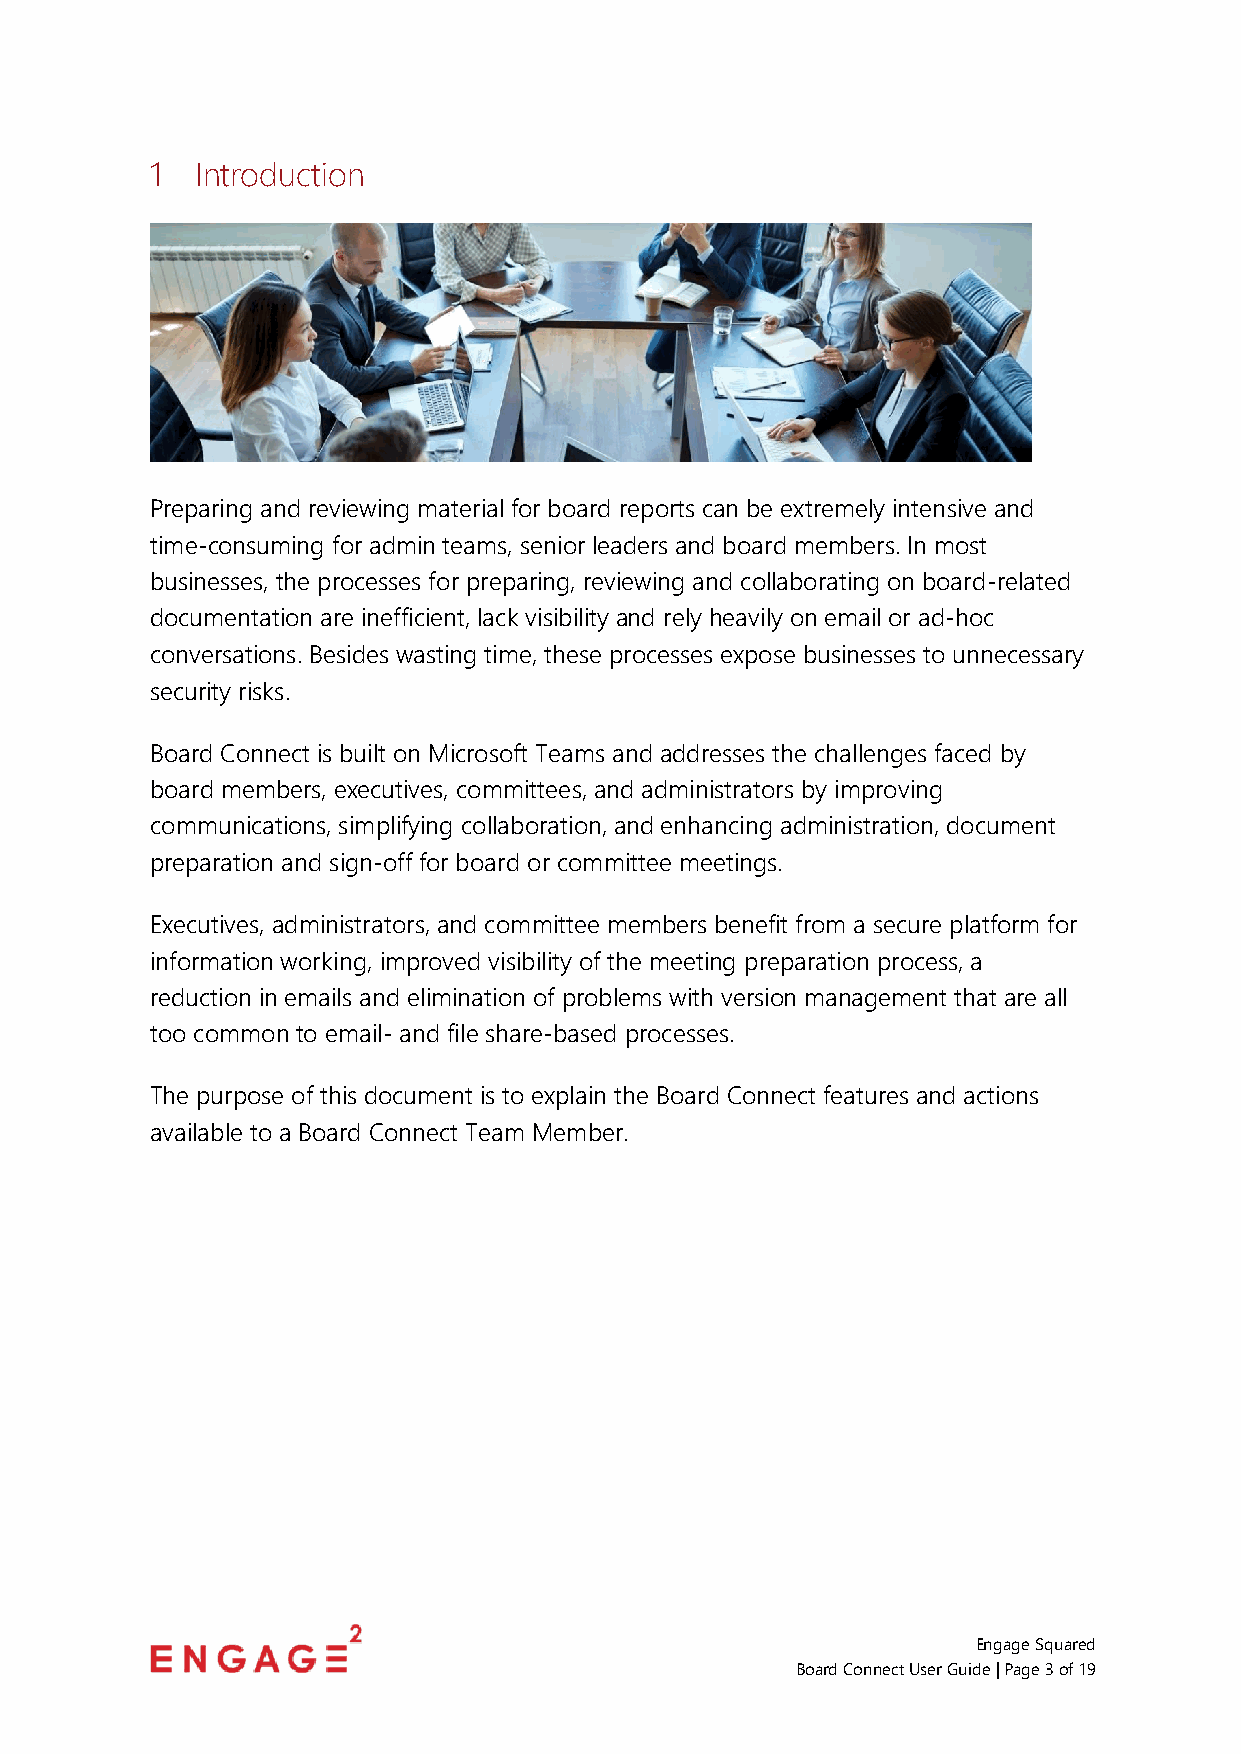
1  Introduction
 Preparing and reviewing material for board reports can be extremely intensive and
 time-consuming for admin teams, senior leaders and board members. In most
 businesses, the processes for preparing, reviewing and collaborating on board-related
 documentation are inefficient, lack visibility and rely heavily on email or ad-hoc
 conversations. Besides wasting time, these processes expose businesses to unnecessary
 security risks.
 Board Connect is built on Microsoft Teams and addresses the challenges faced by
 board members, executives, committees, and administrators by improving
 communications, simplifying collaboration, and enhancing administration, document
 preparation and sign-off for board or committee meetings.
 Executives, administrators, and committee members benefit from a secure platform for
 information working, improved visibility of the meeting preparation process, a
 reduction in emails and elimination of problems with version management that are all
 too common to email- and file share-based processes.
 The purpose of this document is to explain the Board Connect features and actions
 available to a Board Connect Team Member.
 Engage Squared
 Board Connect User Guide | Page 3 of 19